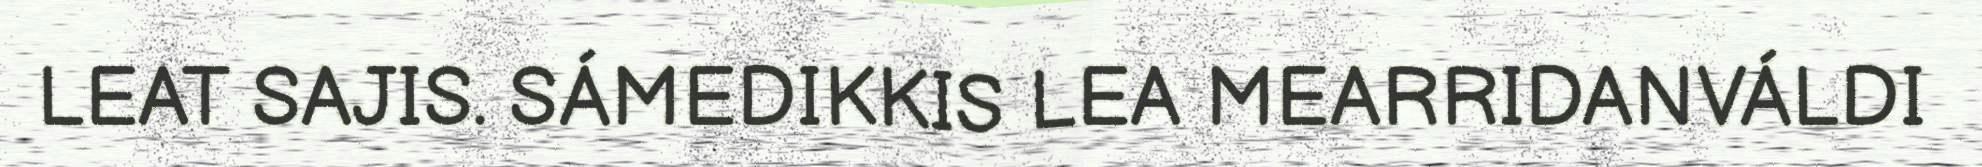
LEAT SAJIS. SÁMEDIKKIS LEA MEARRIDANVÁLDI